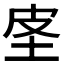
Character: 𰉤